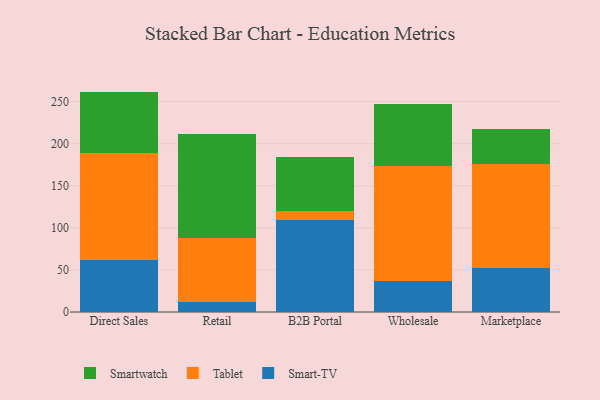
{"axis": {"x": "Channel", "y": "Market Share (%)"}, "legend": ["Smart-TV", "Smartwatch", "Tablet"], "data": [{"x": "Direct Sales", "y": 62.1, "type": "Smart-TV"}, {"x": "Direct Sales", "y": 127.0, "type": "Tablet"}, {"x": "Direct Sales", "y": 72.8, "type": "Smartwatch"}, {"x": "Retail", "y": 11.7, "type": "Smart-TV"}, {"x": "Retail", "y": 76.0, "type": "Tablet"}, {"x": "Retail", "y": 124.1, "type": "Smartwatch"}, {"x": "B2B Portal", "y": 108.8, "type": "Smart-TV"}, {"x": "B2B Portal", "y": 11.7, "type": "Tablet"}, {"x": "B2B Portal", "y": 64.1, "type": "Smartwatch"}, {"x": "Wholesale", "y": 36.5, "type": "Smart-TV"}, {"x": "Wholesale", "y": 137.1, "type": "Tablet"}, {"x": "Wholesale", "y": 73.9, "type": "Smartwatch"}, {"x": "Marketplace", "y": 52.0, "type": "Smart-TV"}, {"x": "Marketplace", "y": 123.7, "type": "Tablet"}, {"x": "Marketplace", "y": 41.3, "type": "Smartwatch"}]}